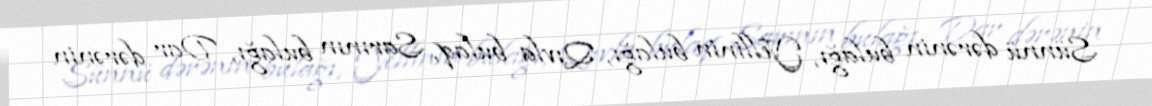
Sünnü dərənin bulağı, Yellinin bulağı, Qıvla bulaq, Sarının bulağı, Dar dərənin